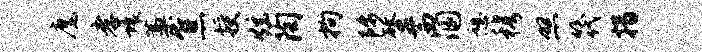
麾孝壤藁焦授炫陶拘陟螯茜溷憩穆照筏措